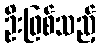
ဦးဖြစ်သည့်